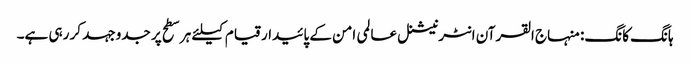
ہانگ کانگ: منہاج القرآن انٹرنیشنل عالمی امن کے پائیدار قیام کیلئے ہر سطح پر جدوجہد کر رہی ہے۔